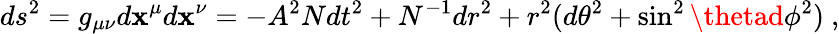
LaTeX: ds^{2}=g_{\mu\nu}d\mathbf{x}^{\mu}d\mathbf{x}^{\nu}=-{A}^{2}{N}dt^{2}+{N}^{-1}dr^{2}+r^{2}(d\theta^{2}+\sin^{2}\thetad\phi^{2})\ ,